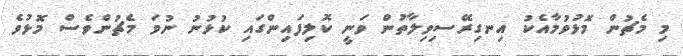
މި މެޗުން މޮޅުވުމާއެކު އިނގިރޭސިވިލާތުން ވަނީ ކޮލިފައިންގައި ކުޅުނު ނުވަ މެޗުންވެސް މޮޅުވެ